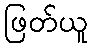
ဖြတ်ယူ